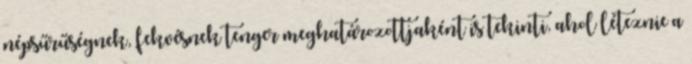
népsűrűségnek, fekvésnek tenger meghatározottjaként is tekinti, ahol léteznie a